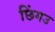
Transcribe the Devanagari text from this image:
छिंगउ